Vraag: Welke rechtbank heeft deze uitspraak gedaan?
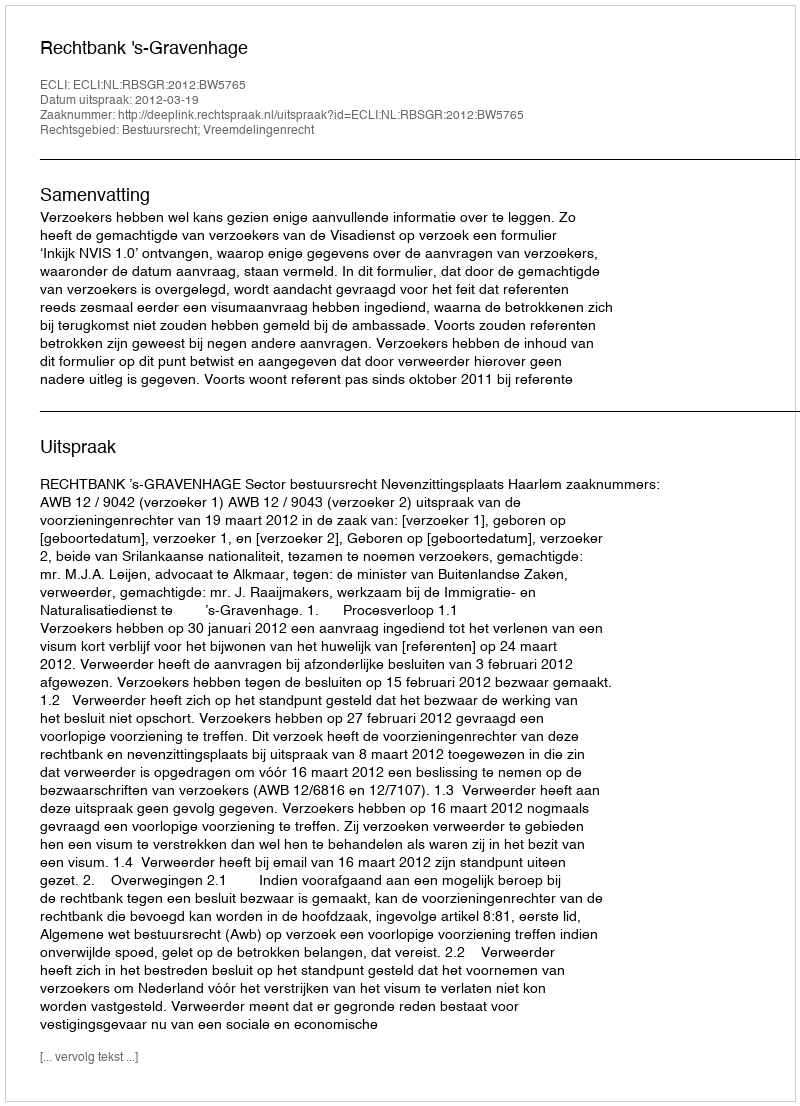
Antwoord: Rechtbank 's-Gravenhage